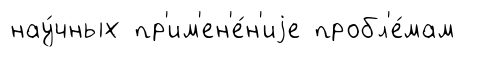
нау́чных пр'им'ен'е́н'иjе пробл'е́мам